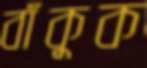
বাঁকুক